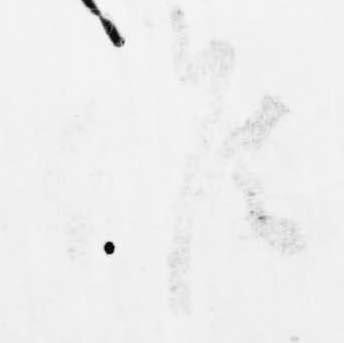
候